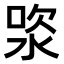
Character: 𣵯